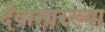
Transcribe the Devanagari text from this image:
दैवासारख्या